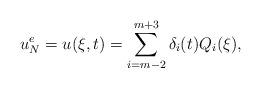
LaTeX: \begin{align*}u_N^e=u(\xi,t)=\sum_{i=m-2}^{m+3}\delta_i(t)Q_i(\xi),\end{align*}